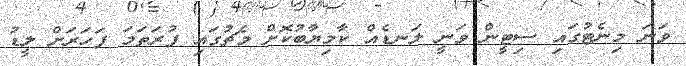
ވަނަ މިނެޓުގައި ސިޓީން ވަނީ ލަނޑެއް ކާމިޔާބުކޮށް މެޗުގައި ފުރަތަމަ ފަހަރަށް ލީޑު